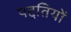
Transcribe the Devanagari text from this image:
पद्दतियों